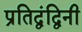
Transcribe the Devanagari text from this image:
प्रतिद्वंद्विनी